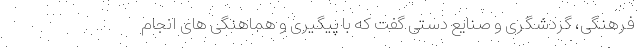
فرهنگی، گردشگری و صنایع دستی گفت که با پیگیری و هماهنگی های انجام